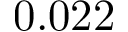
0 . 0 2 2